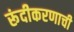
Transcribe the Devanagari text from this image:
रूंदीकरणाची